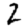
Digit: 2